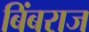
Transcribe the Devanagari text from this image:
बिंबराज